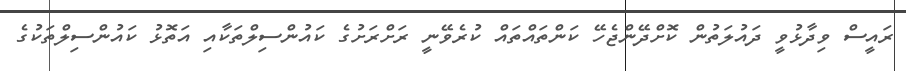
ރައީސް ވިދާޅުވީ ދައުލަތުން ކޮށްދޭންޖެހޭ ކަންތައްތައް ކުރެވޭނީ ރަށްރަށުގެ ކައުންސިލްތަކާއި އަތޮޅު ކައުންސިލްތަކުގެ